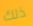
ذلك